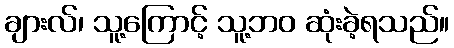
ချားလ်၊ သူ့ကြောင့် သူ့ဘဝ ဆုံးခဲ့ရသည်။